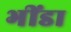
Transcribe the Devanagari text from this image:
भींडा